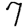
Digit: 7